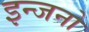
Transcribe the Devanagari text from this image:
इन्जनो